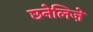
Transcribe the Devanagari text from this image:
छनेलिज़े